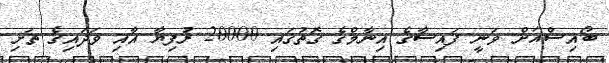
ބޯއިސްއަށް ވަނީ ފައިސާގެ އިނާމްގެ ގޮތުގައި 20000 ރުފިޔާ އާއި ވަދައިގެ ތަށި